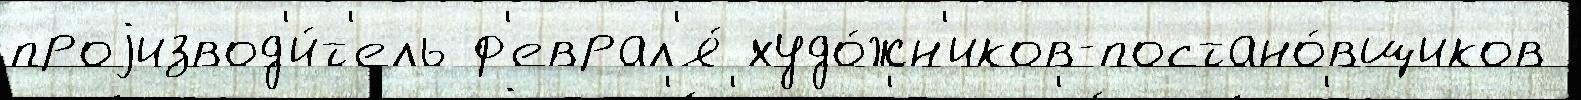
проjизвод'и́т'ель ф'еврал'я́ худо́жн'иков-постано́вщиков